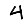
Digit: 4